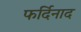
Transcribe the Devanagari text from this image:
फर्दिनाद